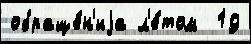
обраще́н'иjа л'е́том  19